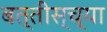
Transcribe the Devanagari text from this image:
बत्तीस्च्या